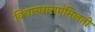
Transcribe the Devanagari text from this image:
विचारधाराएंमिलती